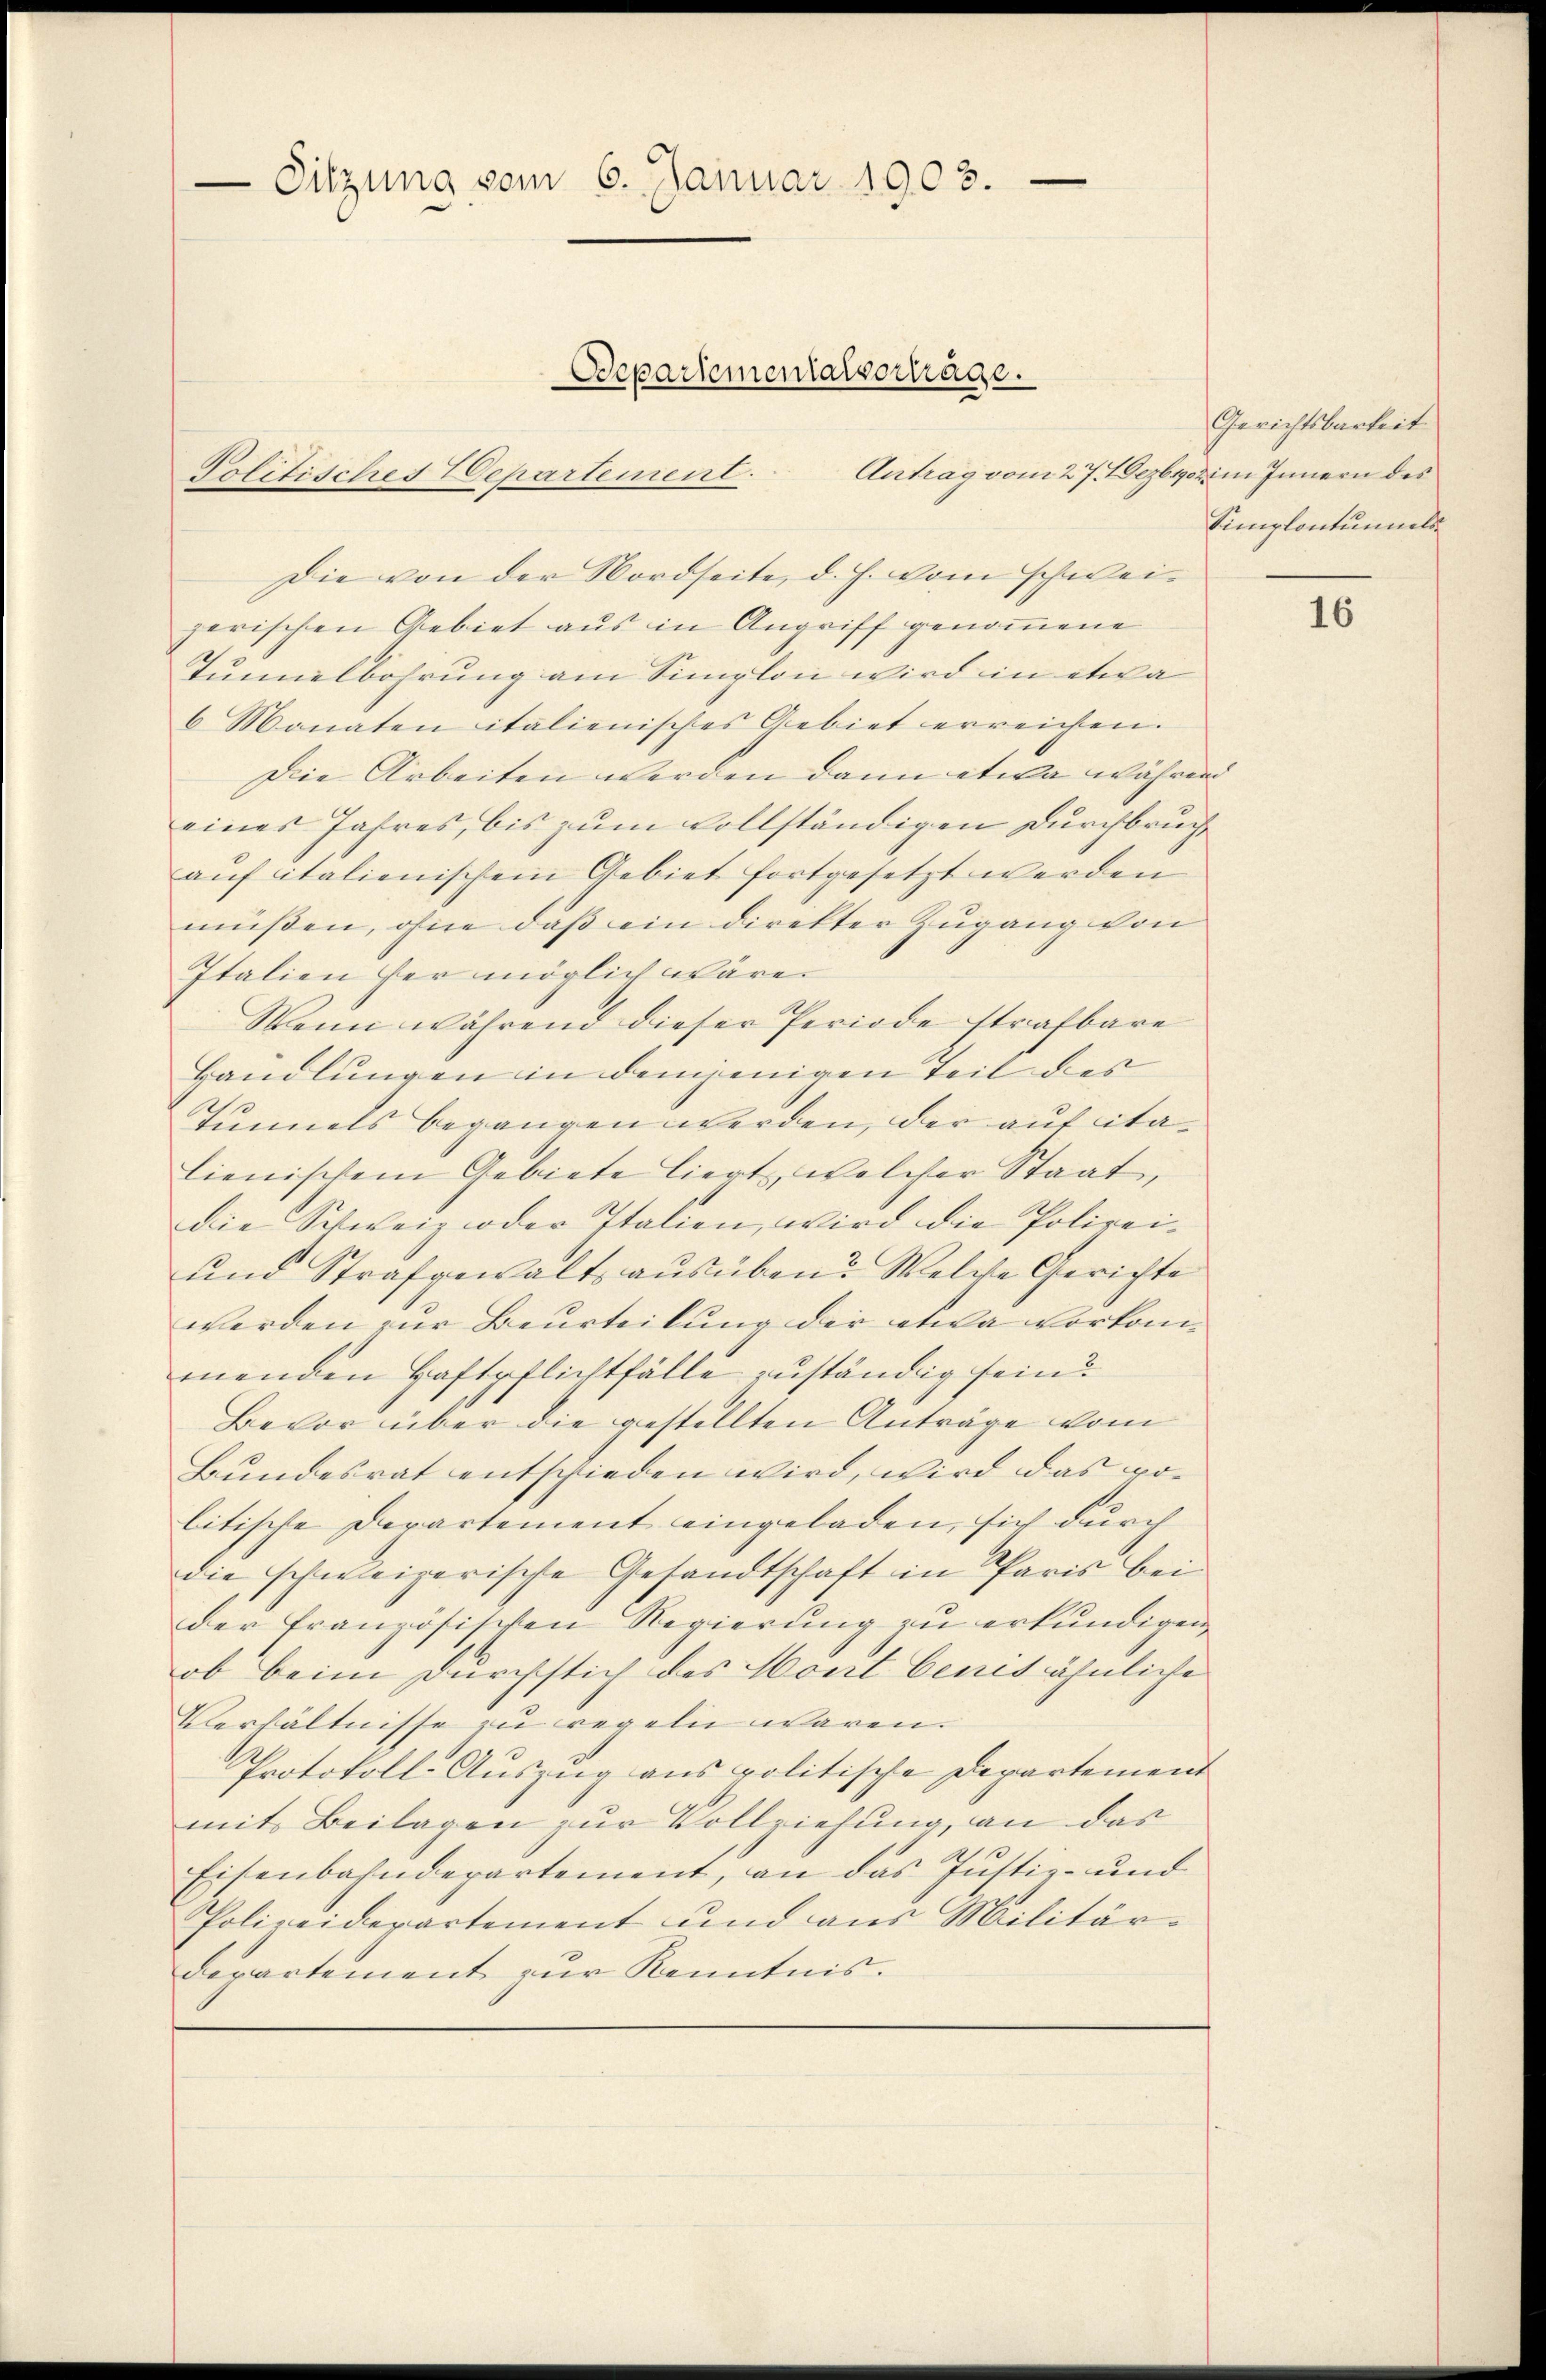
-Sitzung vom 6. Januar 1903.

Departementalvertrage.
Politisches Departement.

Die von der Nordseite, d. h. vom schweizerischen Gebiet aus in Angriff genommene
Tunnelbahrung am Simplon wird in etwa
6 Monaten italienisches Gebiet erreichen.
Die Arbeiten werden dann etwa währen
eines Jahres, bis zum vollständigen Durchbruch
auf italienischem Gebiet fortgesetzt werden
müssen, ohne dass ein direkter Zugang von
Italien her möglich wären
Wenn während dieser Periode strafbare
Handlungen in demjenigen Teil des
Tunnels begangen werden, der auf citalienischem Gebiete liert, welcher Staat,
Die Schweiz oder Italien, wird die Polizei¬
und Strafgewalts ausüben? Welche Gerichte
werden zur Beurteilung der etwa vorkommenden Haftpflichtfälle zuständig sein?
Bevor über die gestellten Anträge vom
Bundesrat entschieden wird, wird das wolitische Departement eingeladen, sich durch
die schweizerische Gesandtschaft in Paris bei
der französischen Regierung zu erkundigen,
ob beim Durchstich des Mont benes ähnliche
Verhältnisse zu regeln waren.
Protokoll-Auszug aus politische Departement
mit Beilagen zur Vollziehung, an das
Eisenbahndepartement, an das Justiz- und
Polizeidepartement und aus Militär¬
Departement zur Kenntnis.

Gerichtsbarkeit.
Antrag vom 27. Jezbyz im Innern des
Simplontumels

16